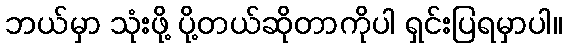
ဘယ်မှာ သုံးဖို့ ပို့တယ်ဆိုတာကိုပါ ရှင်းပြရမှာပါ။